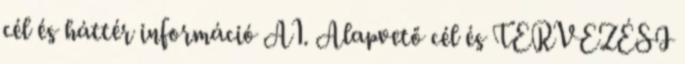
cél és háttér információ A1. Alapvető cél és TERVEZÉSI